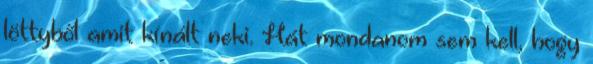
löttyből amit kínált neki. Hát mondanom sem kell, hogy